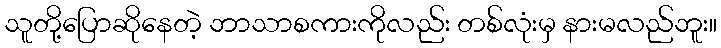
သူတို့ပြောဆိုနေတဲ့ ဘာသာစကားကိုလည်း တစ်လုံးမှ နားမလည်ဘူး။